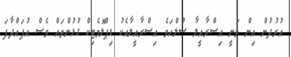
އުރުދުން އިން ވަނީ އިސްރާއީލާ ސުލްހަވެ އިސްރާއީލާއެކު ޑިޕްލޮމެޓިކް ގުޅުންތައް ވެސް އުފައްދާފަ